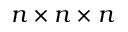
n \times n \times n